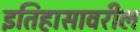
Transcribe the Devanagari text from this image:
इतिहासावरील